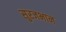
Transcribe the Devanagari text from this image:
सुरजभान